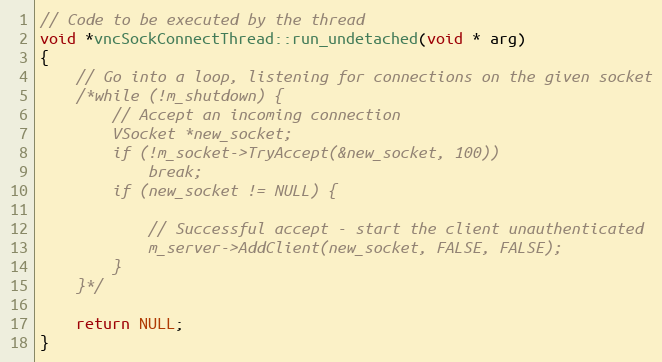
Language: C++
// Code to be executed by the thread
void *vncSockConnectThread::run_undetached(void * arg)
{
	// Go into a loop, listening for connections on the given socket
	/*while (!m_shutdown) {
		// Accept an incoming connection
		VSocket *new_socket;
		if (!m_socket->TryAccept(&new_socket, 100))
			break;
		if (new_socket != NULL) {

			// Successful accept - start the client unauthenticated
			m_server->AddClient(new_socket, FALSE, FALSE);
		}
	}*/

	return NULL;
}